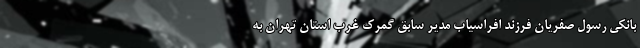
بانکی رسول صفریان فرزند افراسیاب مدیر سابق گمرک غرب استان تهران به